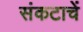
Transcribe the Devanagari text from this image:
संकटाचें